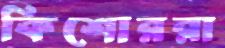
কিশোররা